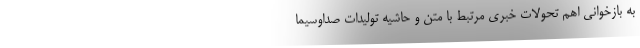
به بازخوانی اهم تحولات خبری مرتبط با متن و حاشیه تولیدات صداوسیما